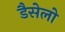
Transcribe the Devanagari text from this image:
डैसेलो